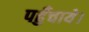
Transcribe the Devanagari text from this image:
पहुँचाये।